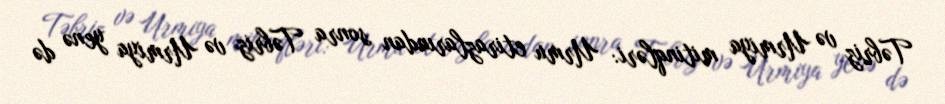
Təbriz və Urmiya mitinqləri: Urmu etirazlarından sonra Təbriz və Urmiya yenə də